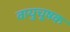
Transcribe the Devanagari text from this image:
वायुचूषक